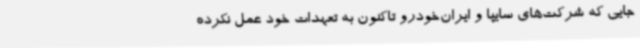
جایی که شرکت‌های سایپا و ایران‌خودرو تاکنون به تعهدات خود عمل نکرده